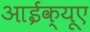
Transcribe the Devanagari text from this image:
आईक्यूए